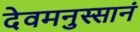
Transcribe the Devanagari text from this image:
देवमनुस्सानं